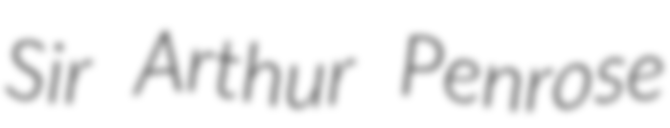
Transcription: Sir Arthur Penrose